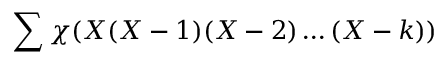
\sum \chi ( X ( X - 1 ) ( X - 2 ) \ldots ( X - k ) )